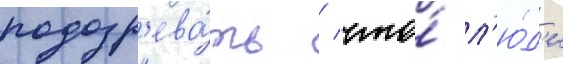
подозр'ева́ть / что́ л'ю́д'и